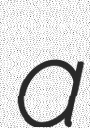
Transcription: a